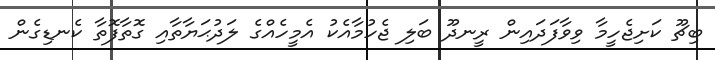
ބިޗޫ ކަށިޖެހީމާ ވިވާފަދައިން ރީނދޫ ބަލި ޖެހުމާއެކު އެމީހެއްގެ ލަދުޙަޔާތާއި ގޮތާފޮތާ ކެނޑިގެން